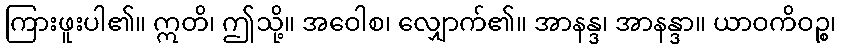
ကြားဖူးပါ၏။ ဣတိ၊ ဤသို့။ အဝေါစ၊ လျှောက်၏။ အာနန္ဒ၊ အာနန္ဒာ။ ယာဝကိဝဉ္စ၊